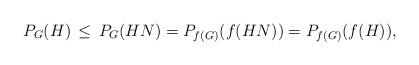
\begin{align*}P_G(H) \,\leq \,P_G(HN) = P_{f(G)}(f(HN)) = P_{f(G)}(f(H)), \end{align*}